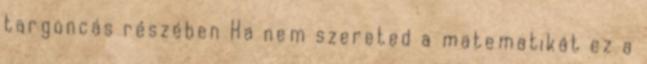
targoncás részében Ha nem szereted a matematikát ez a